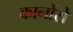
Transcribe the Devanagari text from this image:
कानोंसे